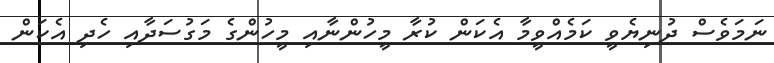
ނަމަވެސް ދުނިޔެވީ ކަމެއްވީމާ އެކަން ކުރާ މީހުންނާއި މީހުންގެ މަގުސަދާއި ހެދި އެކަން